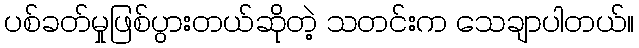
ပစ်ခတ်မှုဖြစ်ပွားတယ်ဆိုတဲ့ သတင်းက သေချာပါတယ်။